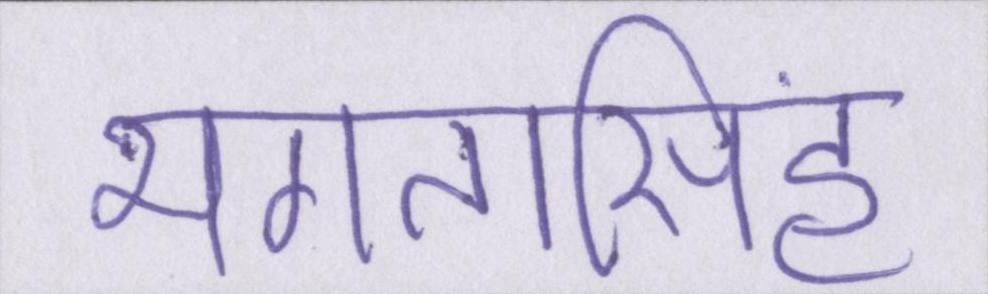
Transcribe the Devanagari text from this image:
भगतसिंह